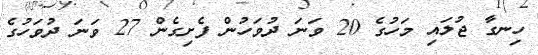
ހިނގާ ޖުލައި މަހުގެ 20 ވަނަ ދުވަހުން ފެށިގެން 27 ވަނަ ދުވަހުގެ